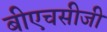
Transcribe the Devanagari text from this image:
बीएचसीजी